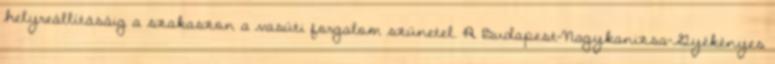
helyreállításáig a szakaszon a vasúti forgalom szünetel. A Budapest-Nagykanizsa-Gyékényes